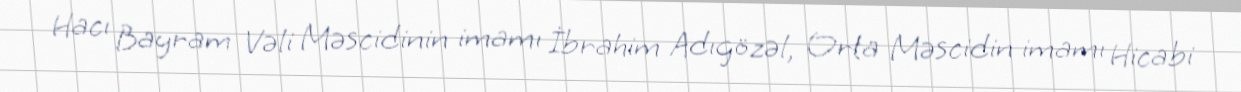
Hacı Bayram Vəli Məscidinin imamı İbrahim Adıgözəl, Orta Məscidin imamı Hicabi